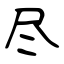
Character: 尽